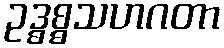
ဥဒ္ဓစ္စသဟဂတာ